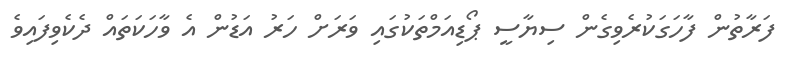
ފަރާތުން ފާހަގަކުރެވިގެން ސިޔާސީ ޕޯޑިއަމްތަކުގައި ވަރަށް ހަރު އަޑުން އެ ވާހަކަތައް ދެކެވިފައިވެ